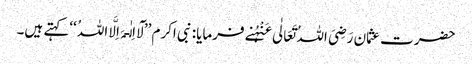
حضرت عثمان رَضِیَ اللہُ تَعَالٰی عَنْہُنے فرمایا: نبی اکرم ’’لَآ اِلٰـہَ اِلَّا اللہُ ‘‘کہتے ہیں۔